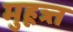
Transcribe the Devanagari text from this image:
मुहूत्र्त